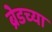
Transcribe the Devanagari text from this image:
ब्रेडच्या